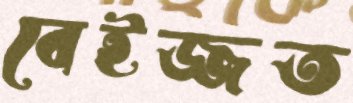
বেইজ্জত